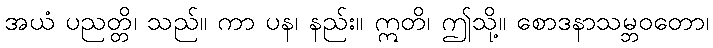
အယံ ပညတ္တိ၊ သည်။ ကာ ပန၊ နည်း။ ဣတိ၊ ဤသို့။ စောဒနာသမ္ဘဝတော၊